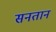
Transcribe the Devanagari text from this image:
सनतान